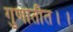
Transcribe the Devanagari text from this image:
गुणातीत।।